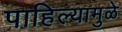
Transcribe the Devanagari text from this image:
पाहिल्यामुळे